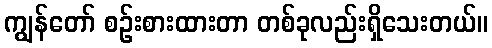
ကျွန်တော် စဉ်းစားထားတာ တစ်ခုလည်းရှိသေးတယ်။